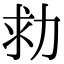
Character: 𠡟